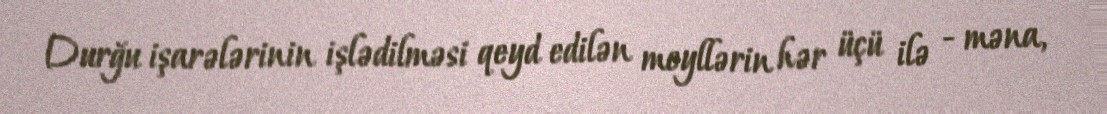
Durğu işarələrinin işlədilməsi qeyd edilən meyllərin hər üçü ilə - məna,